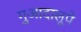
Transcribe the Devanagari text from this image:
गुआदालूपे